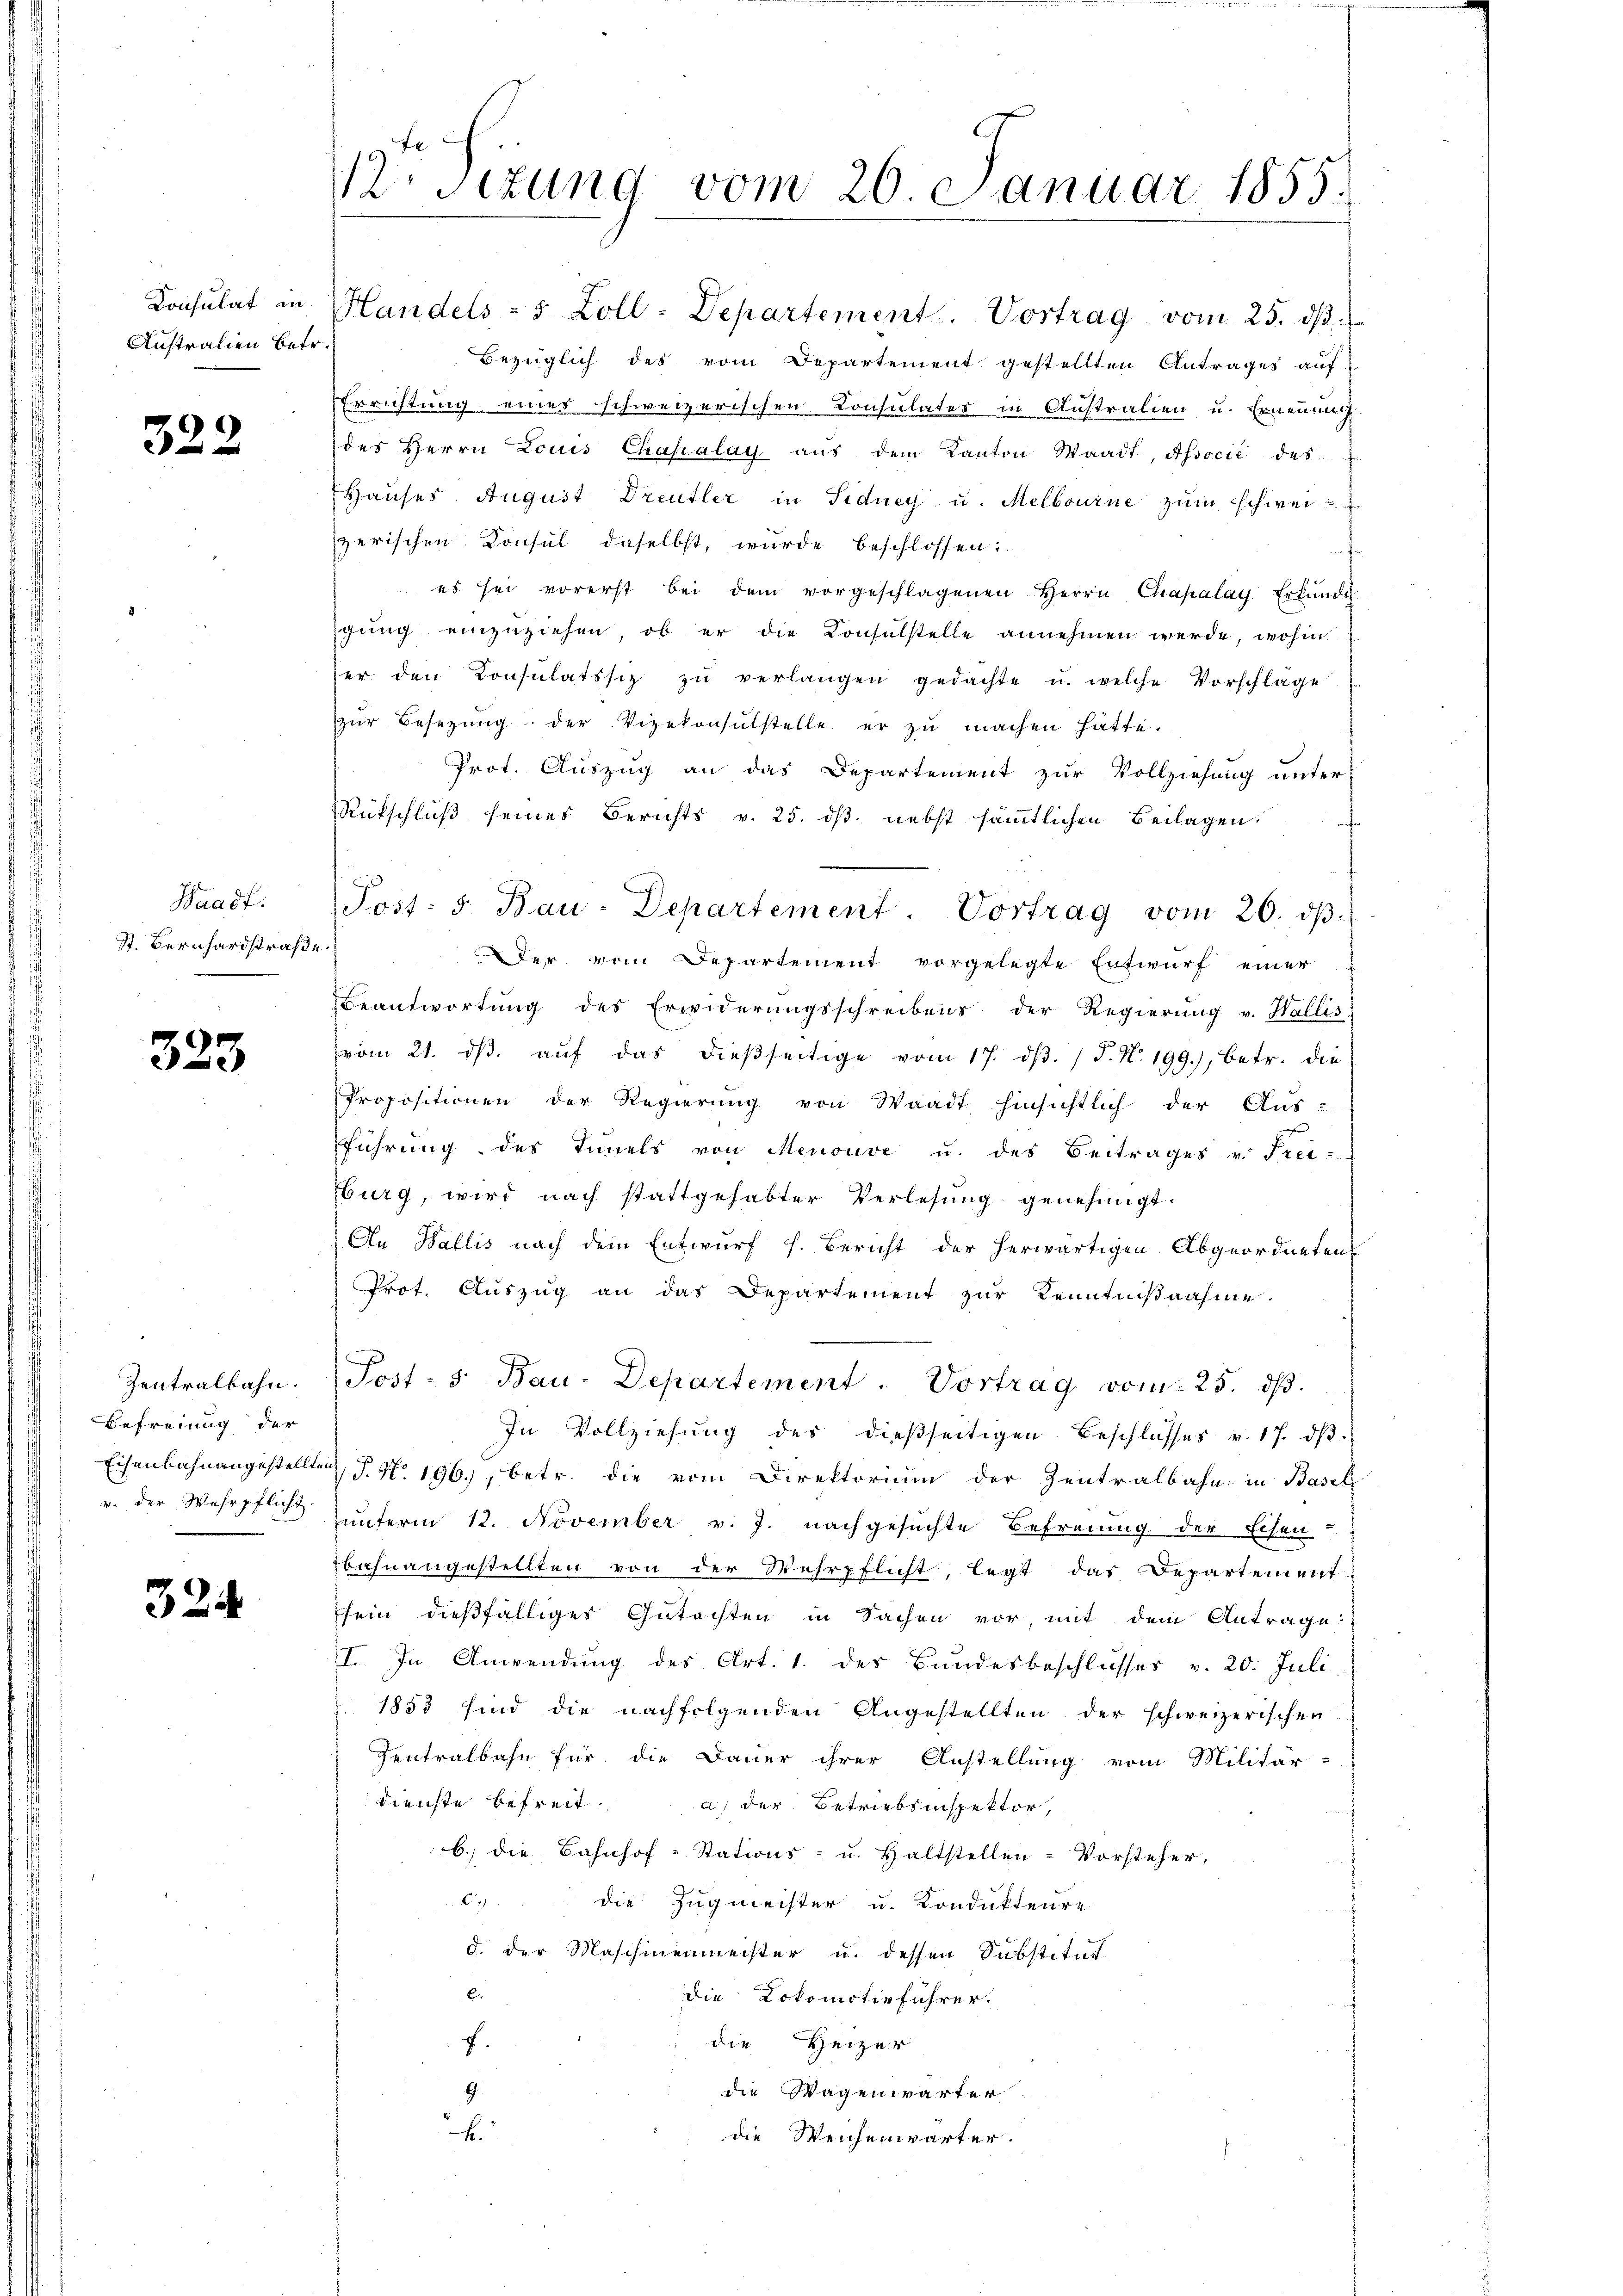
Konsulat an
Australien Betr.

322

Haadf.
St. Bernhardstraße.

323

Zentralbahn.
Befreiung der
v. der Wehrpflicht.

324

sizung vom 26 Januar 1855.

Handels - 5 Zoll-Departement. Vortrag vom 25. dβ.
Bezüglich des vom Departement gestellten Antrages auf
Errichtung eines schweizerischen Consulates in Anstralien u. Ernennun
des Herrn Louis Chapalay aŭs dem Kanton Waadt, Associé des
Hauses. August Dreufler in Sidney u. Melbourne zum Schweizerischen Konsul daselbst, wurde beschlossen:
es sei vorerst bei dem vorgeschlagenen Herrn Chapalay Erfŭnde
igung einzuziehen, ob er die Consulstelle annehmen werde, wohin
er den Konsulatssiz zŭ verlangen gedachte u. welche Vorschlage
zŭr Besezung der Vizekonsŭlstelle er zŭ machen hätte.
Prot. Auszug an das Departement zur Vollziehung unter-
Rückschluß seines Berichts v. 25. dβ. nebst sämmtlichen Beilagen.
Post: 5. Bau-Departement. Vortrag vom 26. dβ.
Der vom Departement vorgelegte Entwurf einer
Beantwortung des Erwiderungsschreibens der Regierŭng v. Wallis
vom 21. dβ aŭf das dießseitige vom 17. dβ. / P. N. 199.), betr. die
Propositionen der Regierung von Waadt hinsichtlich der Aus-
führung des Innels von Menouve u. des Beitrages v. Frei-
burg, wird nach stattgehabter Verlesung genehmigt.
An Wallis nach dem Entwurf h. Bericht der herwärtigen Abgeordnetens
Prot. Auszug an das Departement zur Kenntnißnahme.
Post- 5. Bau-Departement. Vortrag vom 25. dβ.
In Vollziehung des dießseitigen Beschlusses v. 17. dβ
Eisenbahnangestellten J. N. 196., betr. die vom Direktorium der Zentralbahn in Basel
unterm 12. November v. J. nachgesuchte Befreiung der Eisen-
bahnangestellten von der Wehrpflicht, legt das Departement-
sein dießfälliger Gutachten in Sachen vor, mit dem Antrage:
I. In Anwendung des Art. 1. der Bundesbeschlusses v. 20. Juli,
1853 sind die nachfolgenden Angestellten der schweizerischen
Zentralbahn für die Dauer ihrer Anstellung vom Militär-
dienste befreit. a) der Betriebsinspektor,
b. die Bahnhof-Stations- u. Haltstellen-Vorsteher,
c. die Zugmeister u. Kondukteure
d. der Maschinenmeister u. dessen Substitut
E
die Lokomotivführer.
die Heizer
f.
die Wagenwärter
9.
k.
die Weichenwärter.